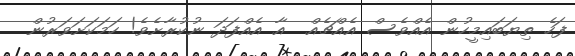
ފަހެ ތިޔަބައިމީހުން އެއްވެސް އެއްޗެއް  އާ އެއްފަދަ ނުކުރާށެވެ! ހަމަކަށަވަރުން